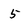
Character: 5